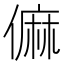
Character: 𠍨